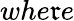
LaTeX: whe\mathfrak{r}e